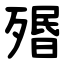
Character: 㱪